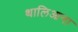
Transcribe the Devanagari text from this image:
थालिआना